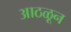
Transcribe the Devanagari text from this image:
आठळून